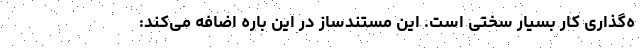
ه‌گذاری کار بسیار سختی است. این مستندساز در این باره اضافه می‌کند: